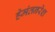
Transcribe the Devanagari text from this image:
हेमंतनरेश